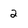
Character: 2